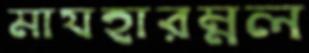
মাযহারম্নল